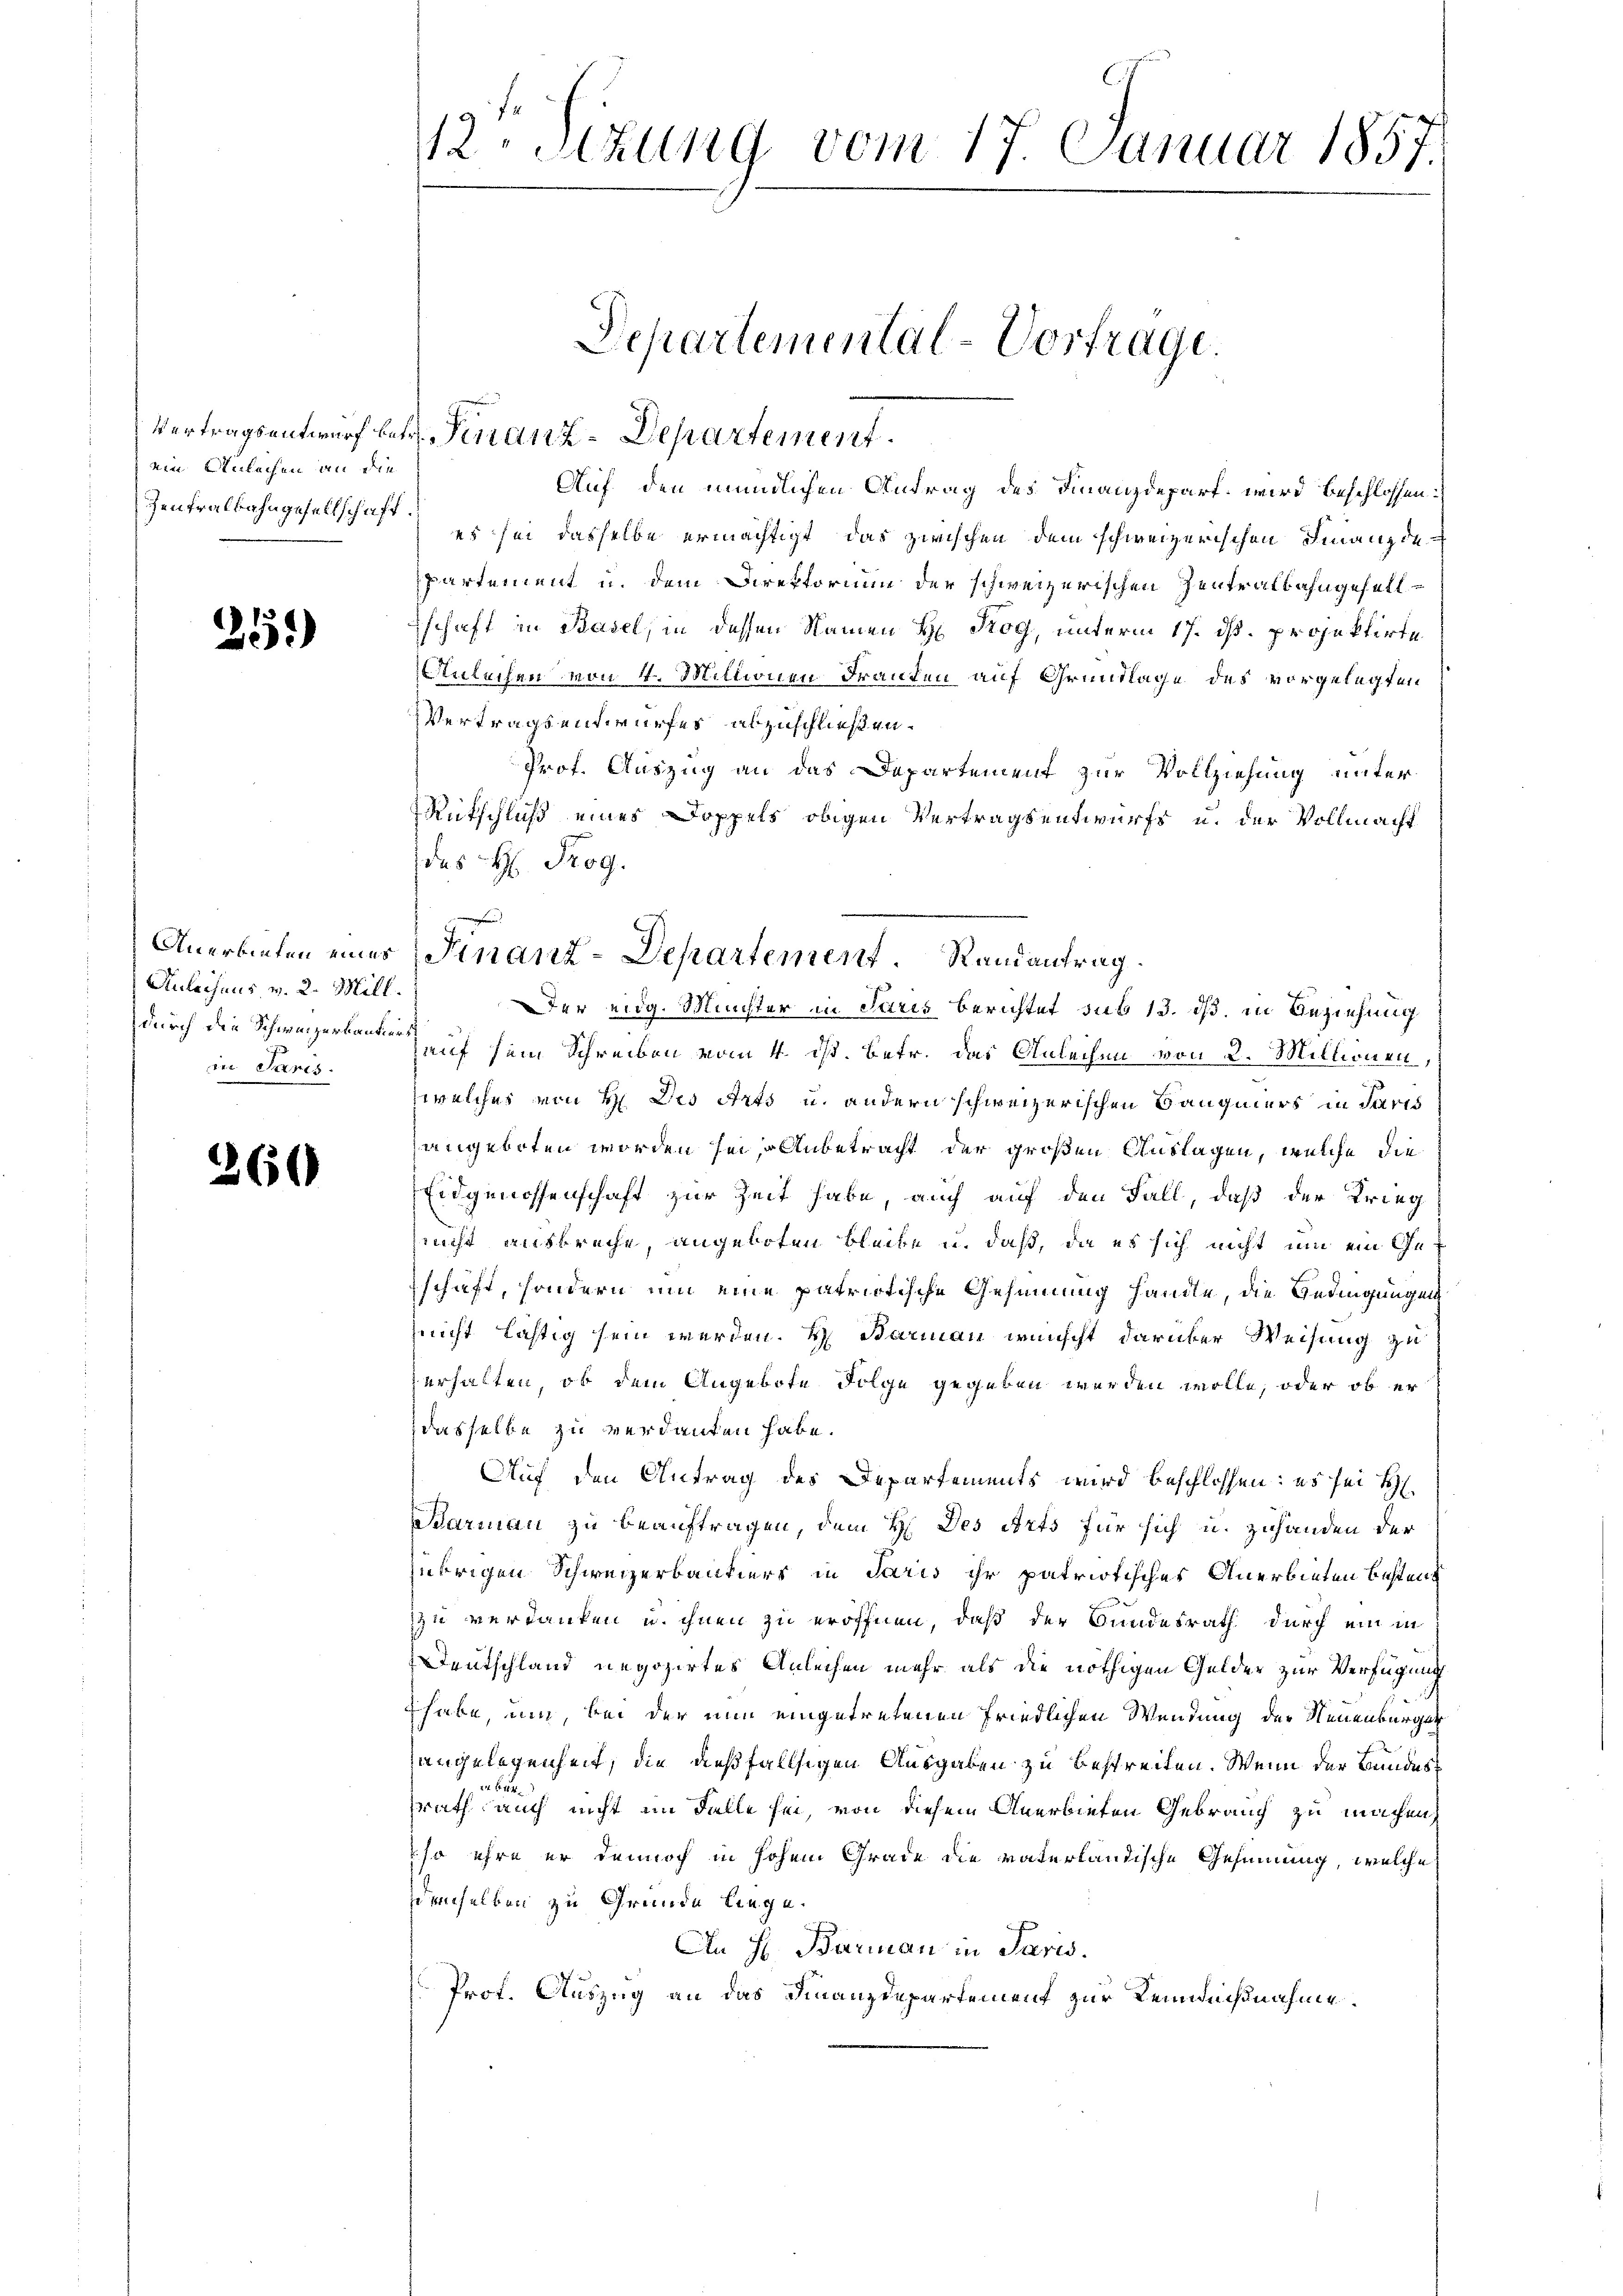
ein Anlachen an die
Zentralbahngesellschaft.

.

55.)

Anerbieten eines
Anleihens v. 2. Mill.
durch die Schweizerbankier
in Paris

260

12t Sizung vom 17. Januar 1857.

Vertragsentwurf betr. Finanz-Departement.

Departemental-Vortrage.

Auf den mündlichen Antrag des Finanzdepart wird beschlossen:
es sei dasselbe ermächtigt, das zwischen dem schweizerischen Finanzde
Partement u. dem Direktorium der schweizerischen Zentralbahngesellschaft in Basel, in dessen Namen H. Rog, unterm 17. dß. projektirte
Anleihen von 4. Millionen Franken auf Grundlage des vorgelegten
VVertragsentwurfes abzuschließen.
Prof. Auszug an das Departement zur Vollziehung unter
Rütschluß eines Doppels obigen Vertragsentwurfs u. der Vollmacht
Der eidg. Münster in Juris berichtet sub 13. ds. in Beziehung
Zauf sein Schreiben vom 4. ist. Betr. das Anleihen von 2. Millionen,
welches von H. Des Arts u. andern schweizerischen Baugmers in Paris
angeboten worden sei, anbetracht der großen Auslagen, welche die
Eidgenossenschaft zur Zeit habe, auch auf den Fall, daß der Krieg
nicht ausbreche angeboten bleibe u. daß, da es sich nicht um ein Geschaft, sondern um eine patriotische Gesinnung handle, die Bedingungen
nicht lästig sein werden. H. Barmann wünscht darüber Weisung zu
erhalten, ob dem Angebote Folge gegeben werden wolle, oder ob er
dasselbe zu verdanken habe.
Auf den Antrag des Departements wird beschlossen: es sei H
Parmann zu beauftragen, dem H. Des arts für sich u. zuhänden der
übrigen Schweizerbantiers in Paris ihr patriotischer Anerbieten bestent
zu verkaufen u. ihnen zu eröffnen, daß der Bundesrath durch ein in
Deutschland negozirtes Anleihen mehr als die nöthigen Gelder zur Verfügung
 habe, um, bei der nun eingetretenen Friedlichen Wendung der Neuenburger
angelegenheit, die dießfallsigen Ausgaben zu bestreiten. Wenn der Bundessrath auch nicht im Falle sei, von diesem Anerbieten Gebrauch zu machen,
so ihre er dennoch in hohem Grade die vaterländische Gesinnung, welche
ddenselben zu Grunde liege.
An H. Barmann in Paris.
Prof. Auszug an das Finanzdepartement zur Rennnißnahme.

des H: Prog.
Finanz-Departement. Randantrag.